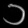
Digit: ၁